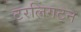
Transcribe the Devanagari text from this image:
टरलिंगटन